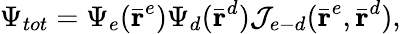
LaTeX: \Psi_{tot}=\Psi_{e}(\bar{\textbf{r}}^{e})\Psi_{d}(\bar{\textbf{r}}^{d})\mathcal{J}_{e-d}(\bar{\textbf{r}}^{e},\bar{\textbf{r}}^{d}),